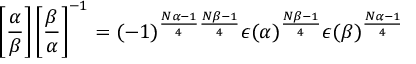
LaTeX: \left[ { \frac { \alpha } { \beta } } \right] \left[ { \frac { \beta } { \alpha } } \right] ^ { - 1 } = ( - 1 ) ^ { { \frac { N \alpha - 1 } { 4 } } { \frac { N \beta - 1 } { 4 } } } \epsilon ( \alpha ) ^ { \frac { N \beta - 1 } { 4 } } \epsilon ( \beta ) ^ { \frac { N \alpha - 1 } { 4 } }